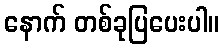
နောက် တစ်ခုပြပေးပါ။